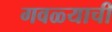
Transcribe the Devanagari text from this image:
गवळ्याची